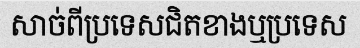
សាច់ពីប្រទេសជិតខាងឬប្រទេស